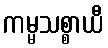
ကမ္မသစ္စာယီ